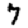
Digit: 7